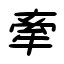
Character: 牽